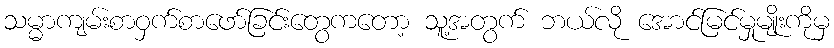
သမ္မာကျမ်းစာဝှက်စာဖော်ခြင်းတွေကတော့ သူ့အတွက် ဘယ်လို အောင်မြင်မှုမျိုးကိုမှ